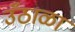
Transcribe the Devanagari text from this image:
उँठाळा